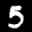
Label: 5